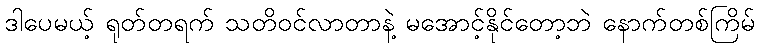
ဒါပေမယ့် ရုတ်တရက် သတိဝင်လာတာနဲ့ မအောင့်နိုင်တော့ဘဲ နောက်တစ်ကြိမ်